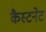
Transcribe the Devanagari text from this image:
कैस्टनेट